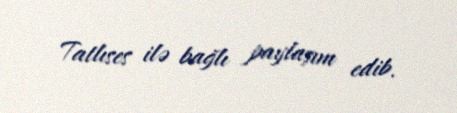
Tatlıses ilə bağlı paylaşım edib.